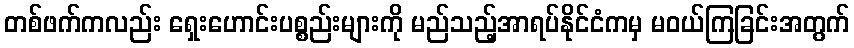
တစ်ဖက်ကလည်း ရှေးဟောင်းပစ္စည်းများကို မည်သည့်အာရပ်နိုင်ငံကမှ မဝယ်ကြခြင်းအတွက်